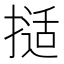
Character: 𰔖